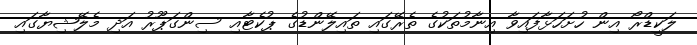
ލަކީޑްރޯ އިން ހުށަހަޅާފައިވާ އިނާމުތަކުގެ ތެރޭގައި ތައިލޭންޑުގެ ޕުކެޓާއި ސިންގަޕޫރު އަދި މެލޭޝިޔާގައި